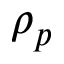
\rho _ { p }